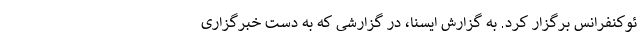
ئوکنفرانس برگزار کرد. به گزارش ایسنا، در گزارشی که به دست خبرگزاری